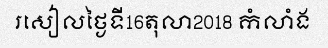
រសៀលថ្ងៃទី16តុលា2018 កំលាំង